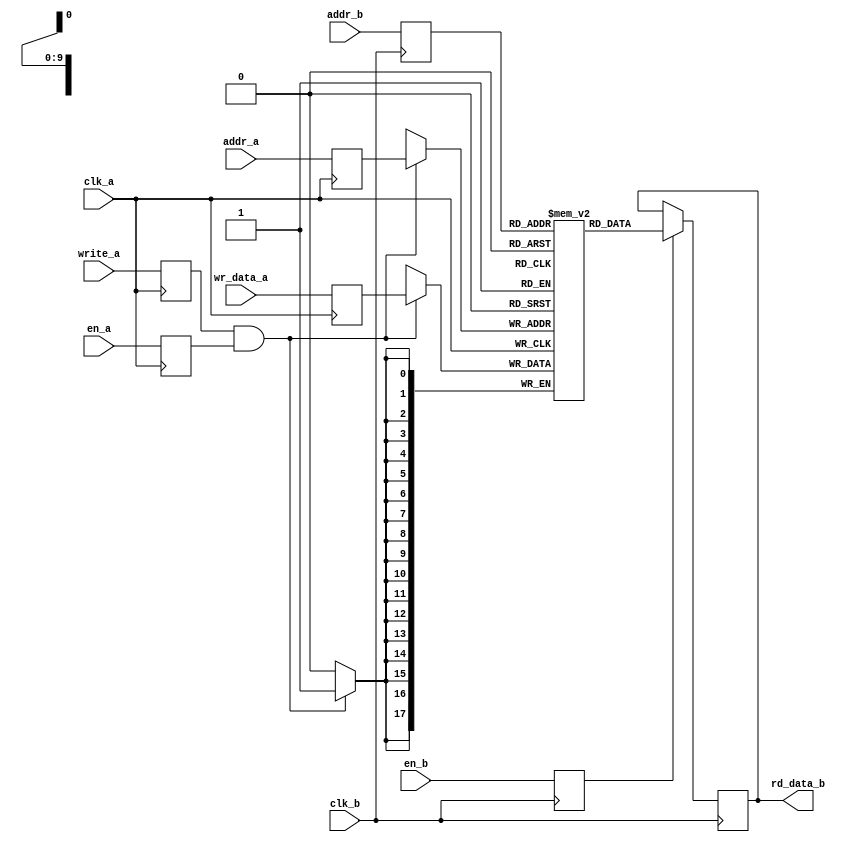
module infer_sdpram
#(
	parameter	DWIDTH	= 18,	// data width of the SRAM, 36 bit when configured to be SDP BRAM, otherwise 18 bit wide
	parameter	AWIDTH	= 10		// address width of the SRAM
)
(
	// global
	input wire	clk_a,
	input wire	clk_b,
	
	// port a interface
	input	wire	en_a,
	input	wire	write_a,
	input	wire	[DWIDTH-1:0]	wr_data_a,
	input	wire	[AWIDTH-1:0]	addr_a,
	
	// port b interface
	input	wire	en_b,
	input	wire	[AWIDTH-1:0]	addr_b,
	output	wire	[DWIDTH-1:0]	rd_data_b
	
);
	//(* RAM_STYLE="BLOCK" *)
	reg	[DWIDTH-1:0] generic_ram [(2**AWIDTH)-1:0];
	reg	[DWIDTH-1:0] dout_a, dout_b, din_a, din_b;
	reg	wr_reg_a, wr_reg_b, en_reg_a, en_reg_b;
	reg	[AWIDTH-1:0] addr_reg_a, addr_reg_b;
  wire wr_en;

	always @(posedge clk_a)begin
		wr_reg_a <= write_a;
		addr_reg_a <= addr_a;
		din_a <= wr_data_a;
		en_reg_a <= en_a;
	end

	always @(posedge clk_b)begin
		addr_reg_b <= addr_b;
		en_reg_b <= en_b;
	end
  
  assign wr_en = wr_reg_a & en_reg_a;

	always @(posedge clk_a) 
  begin
	  if (wr_en)
		  generic_ram[addr_reg_a] <= din_a;
	end  
	  
	always @(posedge clk_b)
  begin
	  if (en_reg_b) 
      dout_b <= generic_ram[addr_reg_b];
	end 
	  
	assign rd_data_b = dout_b;

endmodule